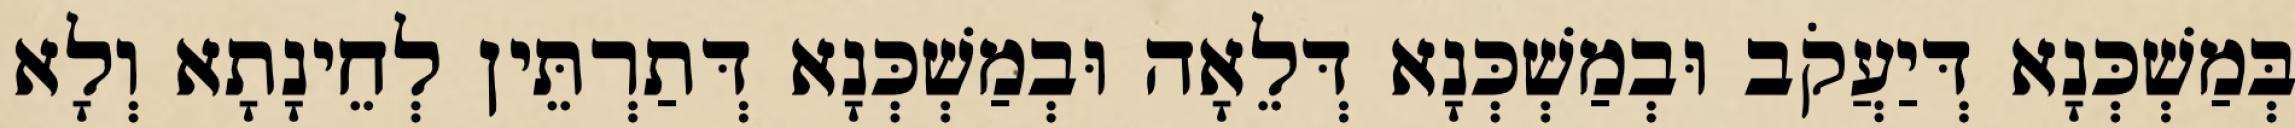
בְּמַשְׁכְּנָא דְּיַעֲקֹב וּבְמַשְׁכְּנָא דְּלֵאָה וּבְמַשְׁכְּנָא דְּתַרְתֵּין לְחֵינָתָא וְלָא